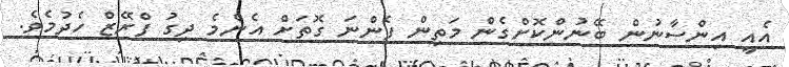
އެއީ އިންސާނުން ބޭނުންކޮށްގެން މަތިން ފެންނަ ގޮތަށް އެންމެ ދިގު ފްރޭޒް ހެދުމެވެ.